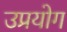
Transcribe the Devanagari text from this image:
उप्रयोग